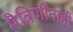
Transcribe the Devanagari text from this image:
मैत्रिणींनाही